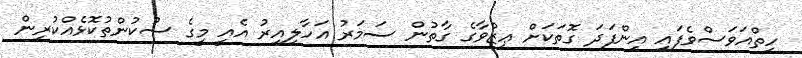
ހިތްއަވަސްވެފައި އިންފަދަ ގޮތަކަށް ޢިޒްވާގެ ގާތުން ސަމަރު އަހާލިއިރު އެއީ މީގެ ސުކުންތުކޮޅެއްކުރިން